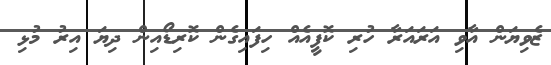
ޒެވިޔަން އާވި އަރައަރާ ހުރި ކޮފީއެއް ހިފައިގެން ކޮރިޑޯއިން ދިޔަ އިރު މުޅި